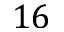
1 6